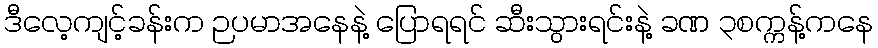
ဒီလေ့ကျင့်ခန်းက ဉပမာအနေနဲ့ ပြောရရင် ဆီးသွားရင်းနဲ့ ခဏ ၃စက္ကန့်ကနေ